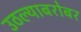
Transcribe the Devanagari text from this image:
उठल्याबरोबर